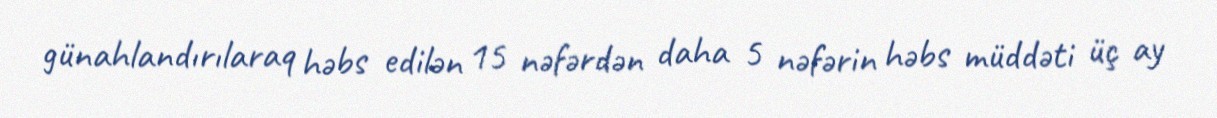
günahlandırılaraq həbs edilən 15 nəfərdən daha 5 nəfərin həbs müddəti üç ay